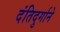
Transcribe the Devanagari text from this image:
दंतिदुर्गाने